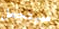
سيتحمل